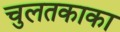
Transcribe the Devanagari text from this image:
चुलतकाका